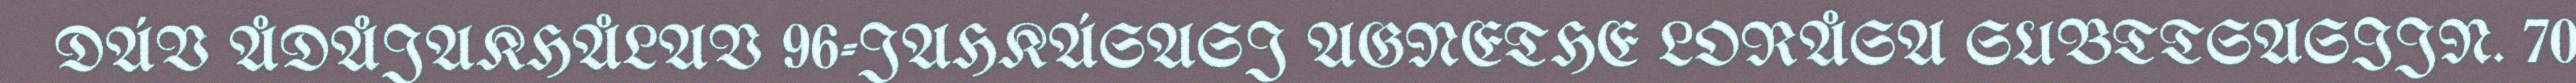
DÁV ÅDÅJAKHÅLAV 96-JAHKÁSASJ AGNETHE LORÅSA SUBTTSASIJN. 70